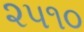
૨૫૧૦